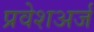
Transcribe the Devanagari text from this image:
प्रवेशअर्ज